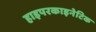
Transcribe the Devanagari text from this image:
हाइपरकाइनेटिक